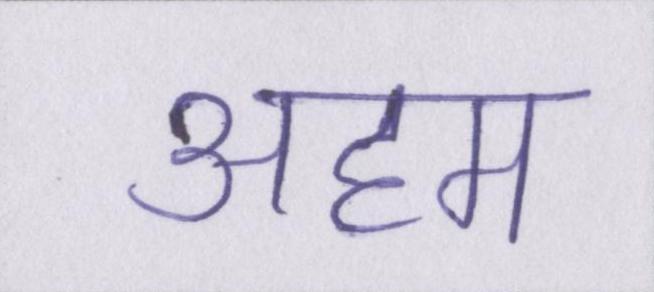
अहम